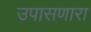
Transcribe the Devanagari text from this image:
उपासणारा